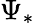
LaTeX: \Psi_{*}